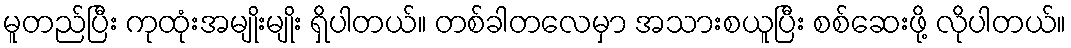
မူတည်ပြီး ကုထုံးအမျိုးမျိုး ရှိပါတယ်။ တစ်ခါတလေမှာ အသားစယူပြီး စစ်ဆေးဖို့ လိုပါတယ်။